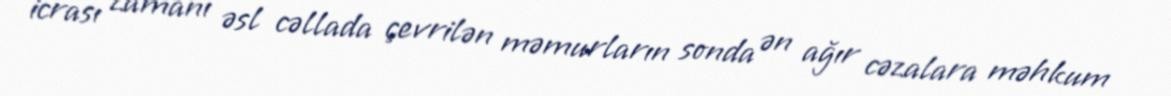
icrası zamanı əsl cəllada çevrilən məmurların sonda ən ağır cəzalara məhkum